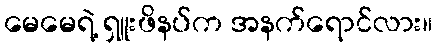
မေမေရဲ့ ရှူးဖိနပ်က အနက်ရောင်လား။